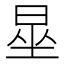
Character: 𪰦